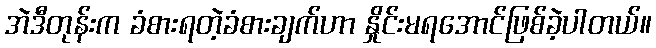
အဲဒီတုန်းက ခံစားရတဲ့ခံစားချက်ဟာ နှိုင်းမရအောင်ဖြစ်ခဲ့ပါတယ်။